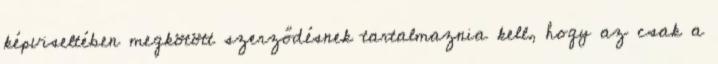
képviseltében megkötött szerződésnek tartalmaznia kell, hogy az csak a